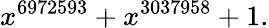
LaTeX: x^{6972593}+x^{3037958}+1.